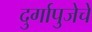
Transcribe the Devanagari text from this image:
दुर्गापुजेचे